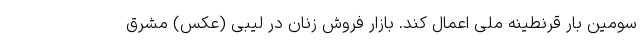
سومین بار قرنطینه ملی اعمال کند. بازار فروش زنان در لیبی (عکس) مشرق